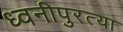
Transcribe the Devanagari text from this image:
ध्वनीपुरत्या